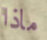
ماذا